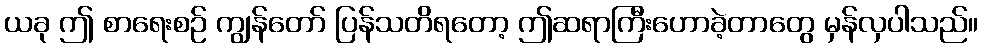
ယခု ဤ စာရေးစဉ် ကျွန်တော် ပြန်သတိရတော့ ဤဆရာကြီးဟောခဲ့တာတွေ မှန်လှပါသည်။